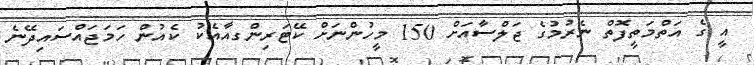
އީ ގެ އަތްމަތީފޮތް ނެރުމުގެ ޖަލްސާއަށް 150 މީހުންނަށް ކޭޓަރިންގއާއެކު ކެއުން ހަމަޖައްސައިދޭނެ